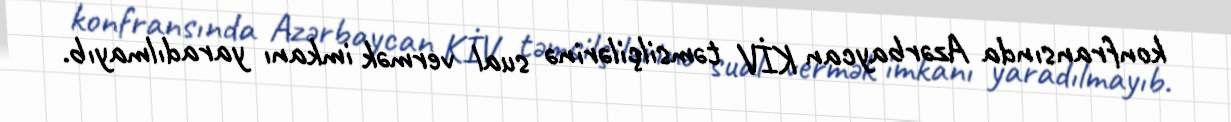
konfransında Azərbaycan KİV təmsilçilərinə sual vermək imkanı yaradılmayıb.